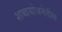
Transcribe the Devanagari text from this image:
शब्दयोजनेतील